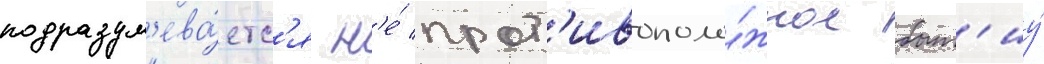
подразум'ева́етс'я н'е́ прот'ивополо́жное быт'иу́